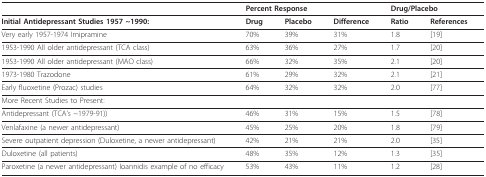
|  | <COLSPAN=3> Percent Response | <COLSPAN=2> Drug/Placebo |
 | --- | --- | --- | --- | --- | --- |
 | Initial Antidepressant Studies 1957 ~1990: | Drug | Placebo | Difference | Ratio | References |
 | Very early 1957-1974 Imipramine | 70% | 39% | 31% | 1.8 | [19] |
 | 1953-1990 All older antidepressant (TCA class) | 63% | 36% | 27% | 1.7 | [20] |
 | 1953-1990 All older antidepressant (MAO class) | 66% | 32% | 35% | 2.1 | [20] |
 | 1973-1980 Trazodone | 61% | 29% | 32% | 2.1 | [21] |
 | Early fluoxetine (Prozac) studies | 64% | 32% | 32% | 2.0 | [77] |
 | More Recent Studies to Present: |  |  |  |  |  |
 | Antidepressant (TCA's ~1979-91)) | 46% | 31% | 15% | 1.5 | [78] |
 | Venlafaxine (a newer antidepressant) | 45% | 25% | 20% | 1.8 | [79] |
 | Severe outpatient depression (Duloxetine, a newer antidepressant) | 42% | 21% | 21% | 2.0 | [35] |
 | Duloxetine (all patients) | 48% | 35% | 12% | 1.3 | [35] |
 | Paroxetine (a newer antidepressant) Ioannidis example of no efficacy | 53% | 43% | 11% | 1.2 | [28] |